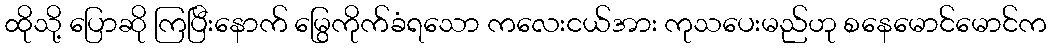
ထိုသို့ ပြောဆို ကြပြီးနောက် မြွေကိုက်ခံရသော ကလေးငယ်အား ကုသပေးမည်ဟု စနေမောင်မောင်က